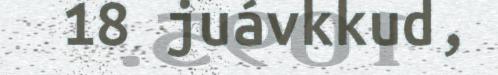
18 juávkkud,